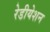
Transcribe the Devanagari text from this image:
रेडीयेशन